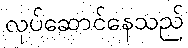
လုပ်ဆောင်နေသည်